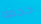
حجمه